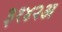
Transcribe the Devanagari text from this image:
३१४२अ